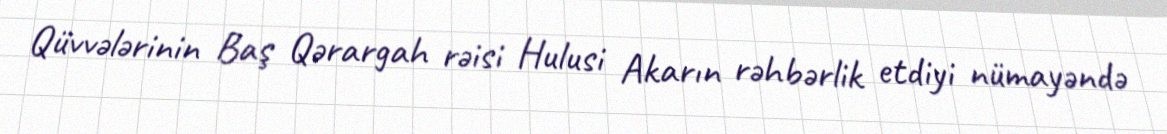
Qüvvələrinin Baş Qərargah rəisi Hulusi Akarın rəhbərlik etdiyi nümayəndə